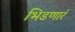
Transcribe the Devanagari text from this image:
भिडणारं